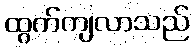
ထွက်ကျလာသည်